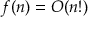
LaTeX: f ( n ) = O ( n ! )